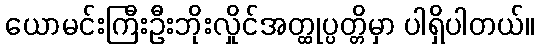
ယောမင်းကြီးဦးဘိုးလှိုင်အတ္ထုပ္ပတ္တိမှာ ပါရှိပါတယ်။